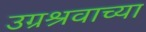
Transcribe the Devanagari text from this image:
उग्रश्रवाच्या